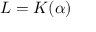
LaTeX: L = K ( \alpha )